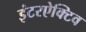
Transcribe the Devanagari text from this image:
इंटरऐक्टिव